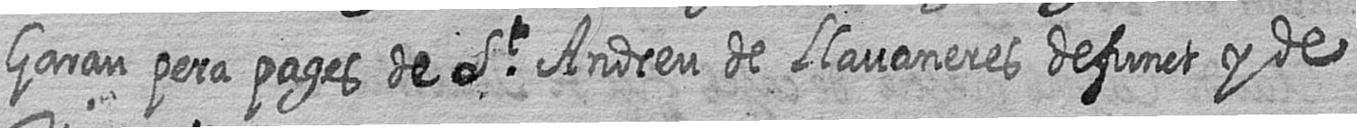
Garau pera pages de St Andreu de Llavaneres defunct y de